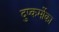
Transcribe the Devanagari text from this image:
दुष्कर्मोका